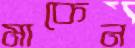
মাকেন